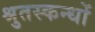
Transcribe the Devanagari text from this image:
श्रुतस्कन्धों